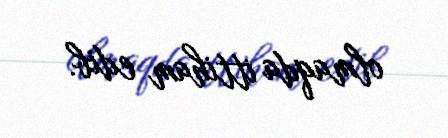
olmaqda ittiham edib.